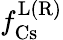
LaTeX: f_{\mathrm{Cs}}^{\mathrm{L(R)}}